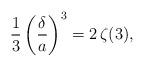
LaTeX: \begin{align*} \frac{1}{3}\left(\frac{\delta}{a}\right)^3 = 2 \,\zeta(3),\end{align*}